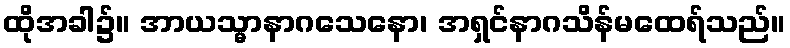
ထိုအခါ၌။ အာယသ္မာနာဂသေနော၊ အရှင်နာဂသိန်မထေရ်သည်။